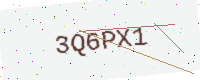
Text: 3Q6PX1